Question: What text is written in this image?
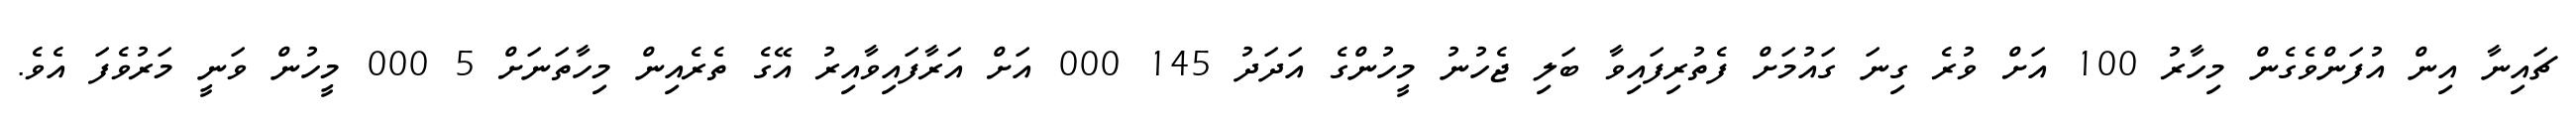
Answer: ޗައިނާ އިން އުފަންވެގެން މިހާރު 100 އަށް ވުރެ ގިނަ ގައުމަށް ފެތުރިފައިވާ ބަލި ޖެހުނު މީހުންގެ އަދަދު 145 000 އަށް އަރާފައިވާއިރު އޭގެ ތެރެއިން މިހާތަނަށް 5 000 މީހުން ވަނީ މަރުވެފަ އެވެ.